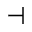
\dashv